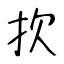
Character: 扻